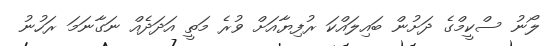
ލޯނު ސްކީމްގެ ދަށުން ބައިލައްކަ ރުފިޔާއަށް ވުރެ މަތީ އަދަދެއް ނަގާނަމަ ރަހުނު